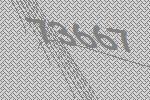
73667